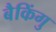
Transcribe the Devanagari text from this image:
बैकिंगु